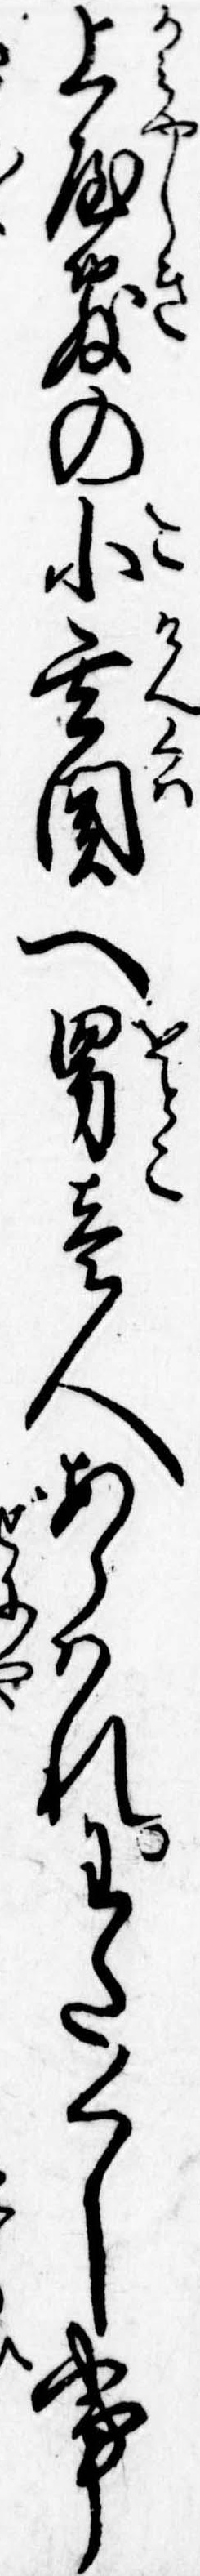
上屋敷の小玄関へ男壱人あらはれわたくし事